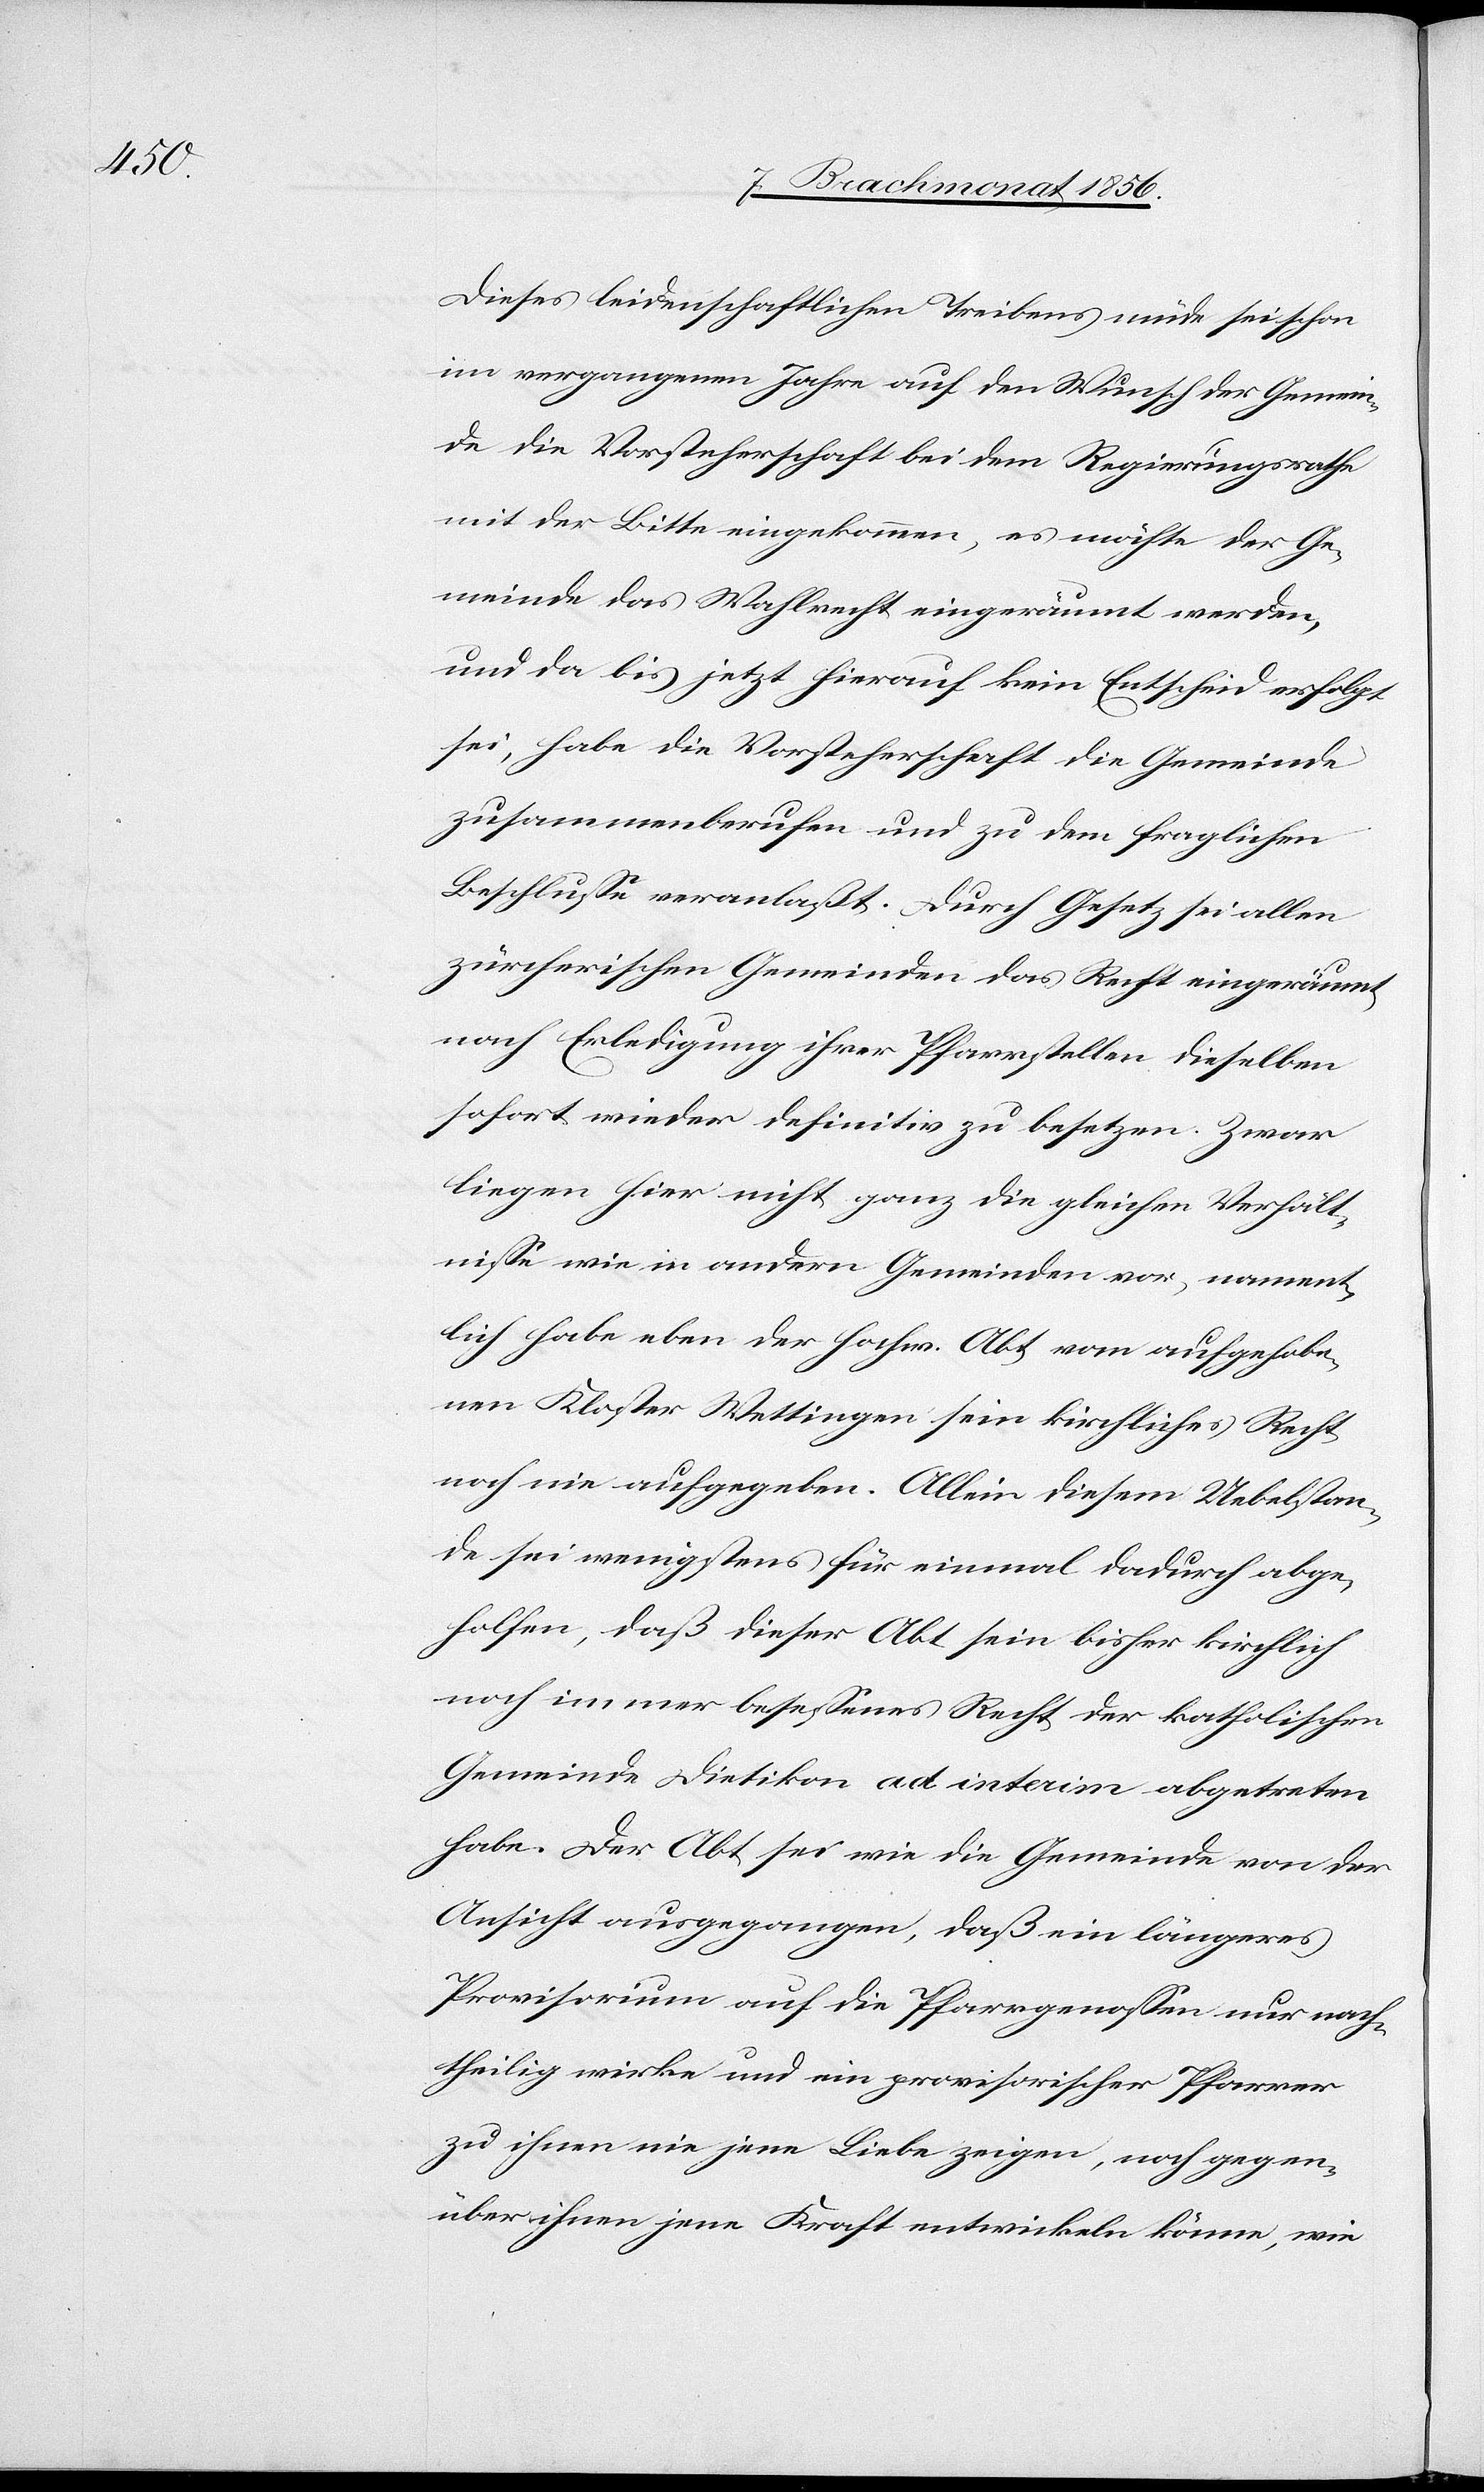
Dieses leidenschaftlichen Treibens müde sei schon
im vergangenen Jahre auf den Wunsch der Gemein¬
de die Vorsteherschaft bei dem Regierungsrathe
mit der Bitte eingekommen, es möchte der Ge¬
meinde das Wahlrecht eingeräumt werden,
und da bis jetzt hierauf kein Entscheid erfolgt
sei, habe die Vorsteherschaft die Gemeinde
zusammenberufen und zu dem fraglichen
Beschlusse veranlaßt. Durch Gesetz sei allen
zürcherischen Gemeinden das Recht eingeräumt
nach Erledigung ihrer Pfarrstellen dieselben
sofort wieder definitiv zu besetzen. Zwar
liegen hier nicht ganz die gleichen Verhält¬
nisse wie in andern Gemeinden vor, nament¬
lich habe eben der hochw. Abt vom aufgehobe¬
nen Kloster Wettingen sein kirchliches Recht
noch nie aufgegeben. Allein diesem Uebelstan¬
de sei wenigstens für einmal dadurch abge¬
holfen, daß dieser Abt sein bisher kirchlich
noch immer besessenes Recht der katholischen
Gemeinde Dietikon ad interim abgetreten
habe. Der Abt sei wie die Gemeinde von der
Ansicht ausgegangen, daß ein längeres
Provisorium auf die Pfarrgenossen nur nach¬
theilig wirke und ein provisorischer Pfarrer
zu ihnen nie jene Liebe zeigen, noch gegen¬
über ihnen jene Kraft entwickeln könne, wie